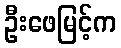
ဦးဖေမြင့်က